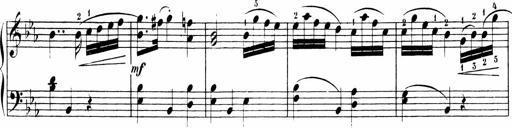
Title: Sonatinen Op.47, 98 und 136, nebst 6 Liedersonatinen
Composer: Carl Reinecke